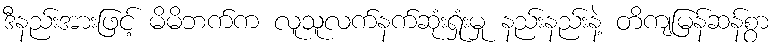
ဒီနည်းအားဖြင့် မိမိဘက်က လူသူလက်နက်ဆုံးရှုံးမှု နည်းနည်းနဲ့ တိကျမြန်ဆန်စွာ